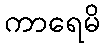
ကာရေမိ